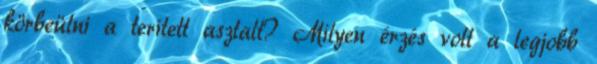
körbeülni a terített asztalt? Milyen érzés volt a legjobb